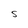
Character: S